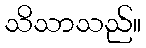
သိသာသည်။